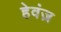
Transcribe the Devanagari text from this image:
हेवंज़